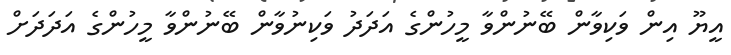
އީޔޫ އިން ވަކިވާން ބޭނުންވާ މީހުންގެ އަދަދު ވަކިނުވާން ބޭނުންވާ މީހުންގެ އަދަދަށް